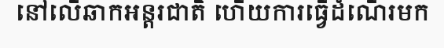
នៅលើឆាកអន្តរជាតិ ហើយការធ្វើដំណើរមក